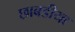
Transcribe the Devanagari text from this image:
छाबडीया